On the importance of larval characters in the classification of mosquitoes - Number 25
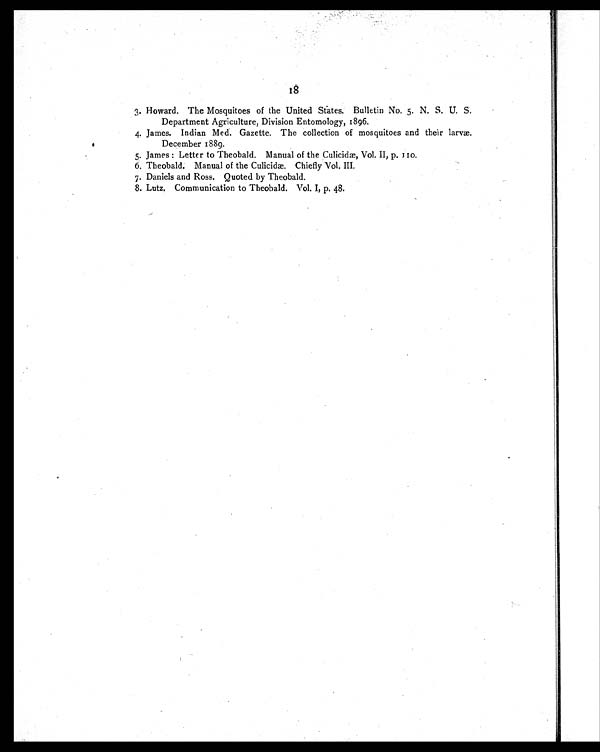
18
3. Howard. The Mosquitoes of the United States. Bulletin No. 5. N. S. U. S.
Department Agriculture, Division Entomology, 1896.
4. James. Indian Med. Gazette. The collection of mosquitoes and their larvæ.
December 1889.
5. James : Letter to Theobald. Manual of the Culicidæ, Vol. II, p. 110.
6. Theobald. Manual of the Culicidæ. Chiefly Vol. III.
7. Daniels and Ross. Quoted by Theobald.
8. Lutz. Communication to Theobald. Vol. I, p. 48.